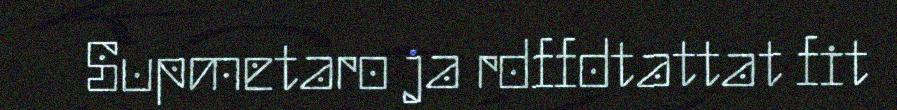
Supmetaro ja rdffdtattat fit